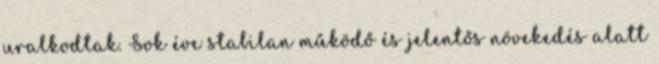
uralkodtak. Sok éve stabilan működő és jelentős növekedés alatt